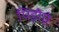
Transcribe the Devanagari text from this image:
पिड़ोएं